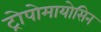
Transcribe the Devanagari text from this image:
ट्रोपोमायोसिन